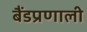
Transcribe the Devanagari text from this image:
बैंडप्रणाली